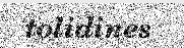
tolidines